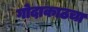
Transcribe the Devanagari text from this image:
गोदाकाठचा